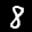
Label: 8